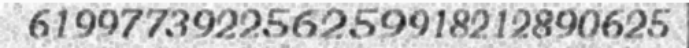
619977392256259918212890625